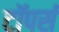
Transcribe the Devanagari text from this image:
टॉपर्स